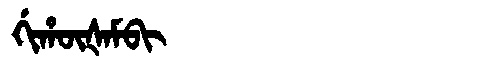
Manchu: ᡤᡳᡥᡡᡧᠠᠮᠪᡳ
Romanization: GIHŪŠAMBI